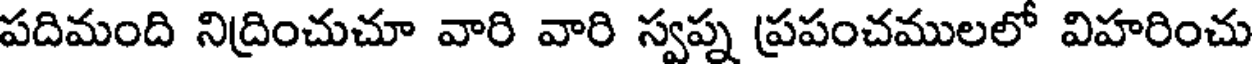
పదిమంది నిద్రించుచూ వారి వారి స్వప్న ప్రపంచములలో విహరించు